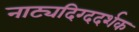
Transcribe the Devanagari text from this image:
नाट्यदिग्ददर्शक